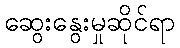
ဆွေးနွေးမှုဆိုင်ရာ